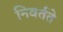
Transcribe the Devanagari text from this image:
निवर्तते